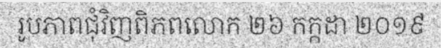
រូបភាពជុំវិញពិភពលោក ២៦ កក្កដា ២០១៩